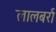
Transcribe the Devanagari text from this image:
लालबर्रा